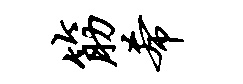
筋希